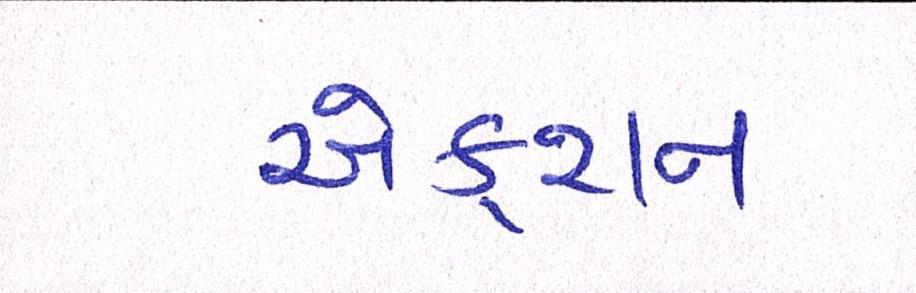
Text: એક્શન